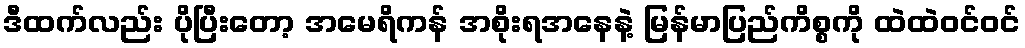
ဒီထက်လည်း ပိုပြီးတော့ အမေရိကန် အစိုးရအနေနဲ့ မြန်မာပြည်ကိစ္စကို ထဲထဲဝင်ဝင်